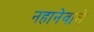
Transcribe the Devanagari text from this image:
नहानेवाले